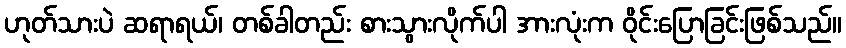
ဟုတ်သားပဲ ဆရာရယ်၊ တစ်ခါတည်း စားသွားလိုက်ပါ အားလုံးက ဝိုင်းပြောခြင်းဖြစ်သည်။